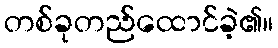
တစ်ခုတည်ထောင်ခဲ့၏။